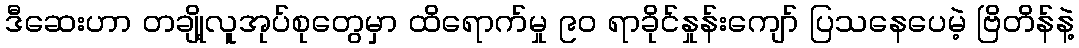
ဒီဆေးဟာ တချို့လူအုပ်စုတွေမှာ ထိရောက်မှု ၉၀ ရာခိုင်နှုန်းကျော် ပြသနေပေမဲ့ ဗြိတိန်နဲ့